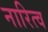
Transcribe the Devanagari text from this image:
नारित्व